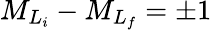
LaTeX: {M}_{{L}_{i}}-{M}_{{L}_{f}}=\pm 1